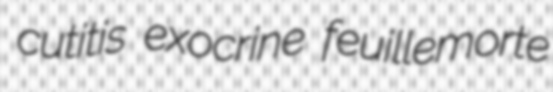
cutitis exocrine feuillemorte